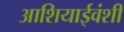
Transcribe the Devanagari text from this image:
आशियाईवंशी